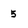
Character: 5